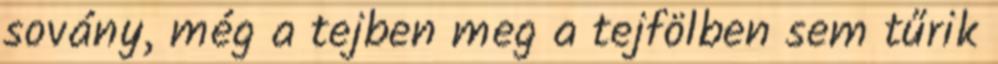
sovány, még a tejben meg a tejfölben sem tűrik